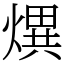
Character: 熼